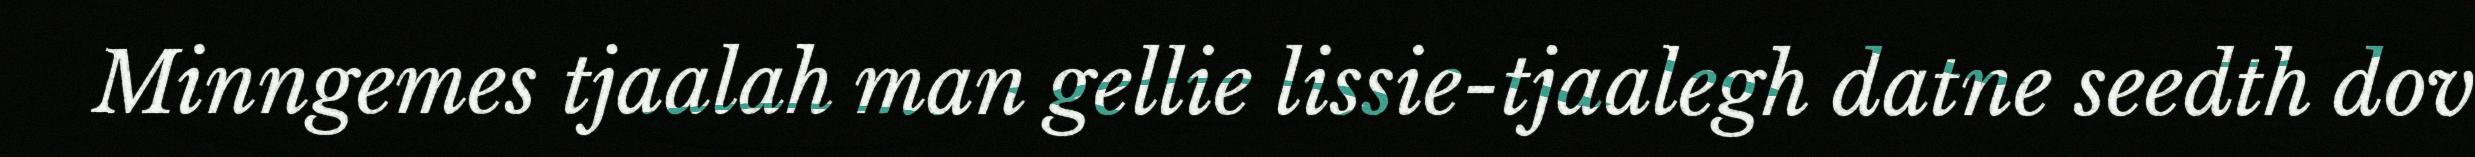
Minngemes tjaalah man gellie lissie-tjaalegh datne seedth dov